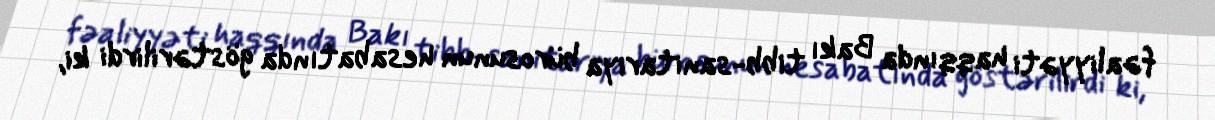
fəaliyyəti haqqında Bakı tibb-sanitariya bürosunun hesabatında göstərilirdi ki,